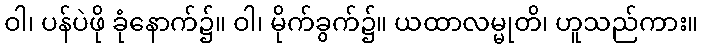
ဝါ၊ ပန်ပဲဖို ခုံနောက်၌။ ဝါ၊ မိုက်ခွက်၌။ ယထာလမ္မုတိ၊ ဟူသည်ကား။